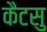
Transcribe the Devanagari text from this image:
कैटसु